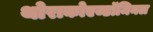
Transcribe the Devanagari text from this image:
थोराकोएब्डॉमिनल